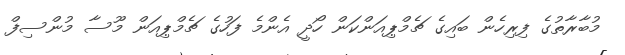
މުބާރާތުގެ ފިރިހެން ބައިގެ ޗެމްޕިއަންކަން ހޯދީ އެންމެ ފަހުގެ ޗެމްޕިއަން މޫސާ މުންސިފް